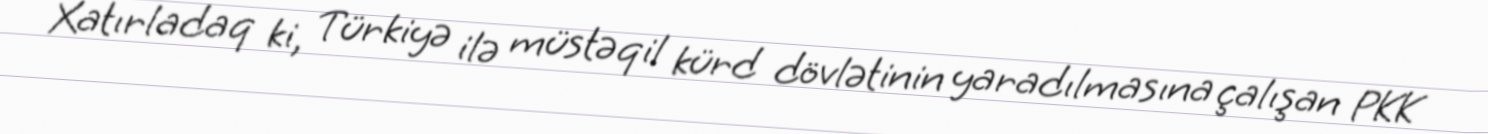
Xatırladaq ki, Türkiyə ilə müstəqil kürd dövlətinin yaradılmasına çalışan PKK